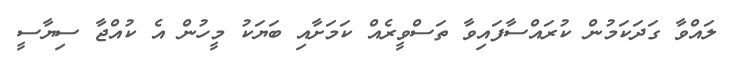
ލައްވާ ގަދަކަމުން ކުރައްސާފައިވާ ތަސްވީރެއް ކަމަށާއި ބަޔަކު މީހުން އެ ކުއްޖާ ސިޔާސީ